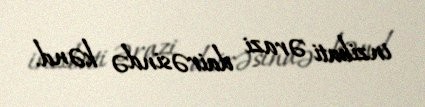
inzibati ərazi dairəsində kənd.